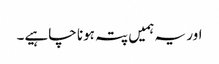
اور یہ ہمیں پتہ ہونا چاہیے۔